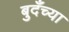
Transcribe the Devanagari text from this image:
बुदँच्या